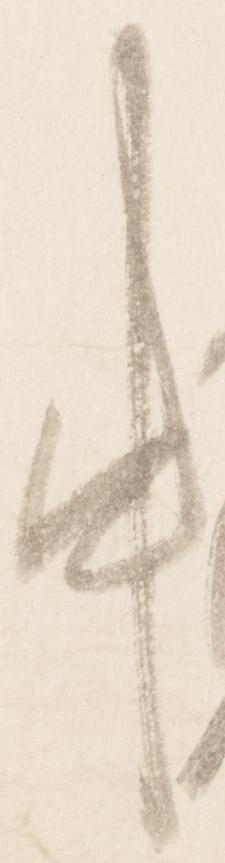
中